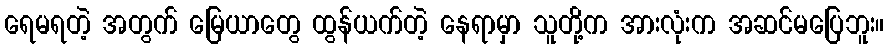
ရေမရတဲ့ အတွက် မြေယာတွေ ထွန်ယက်တဲ့ နေရာမှာ သူတို့က အားလုံးက အဆင်မပြေဘူး။